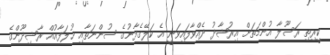
ކީރިތި ރަސޫލާ އުންމަތަށް އިރުޝާދު ދެއްވާފައިވަނީ އެ ކަލޭގެފާނުގެ ސުންނަތާއި ޚުލަފާއުއް ރާޝިދޫންގެ